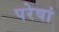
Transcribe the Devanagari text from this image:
परेषां